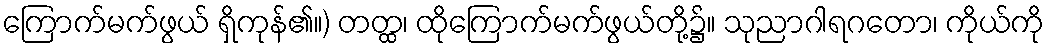
ကြောက်မက်ဖွယ် ရှိကုန်၏။) တတ္ထ၊ ထိုကြောက်မက်ဖွယ်တို့၌။ သုညာဂါရဂတော၊ ကိုယ်ကို